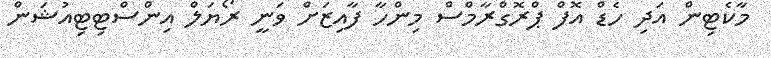
މާކެޓިން އަދި ހެޑް އޮފް ޕްރޮގްރާމްސް މިންހާ ފާއިޒަށް ވަނީ ރޯޔަލް އިންސްޓިޓިއުޝަން